Annual administration report of the Civil Veterinary Department, Ajmere-Merwara, British Rajputana - 1914-1940
Year: 1914
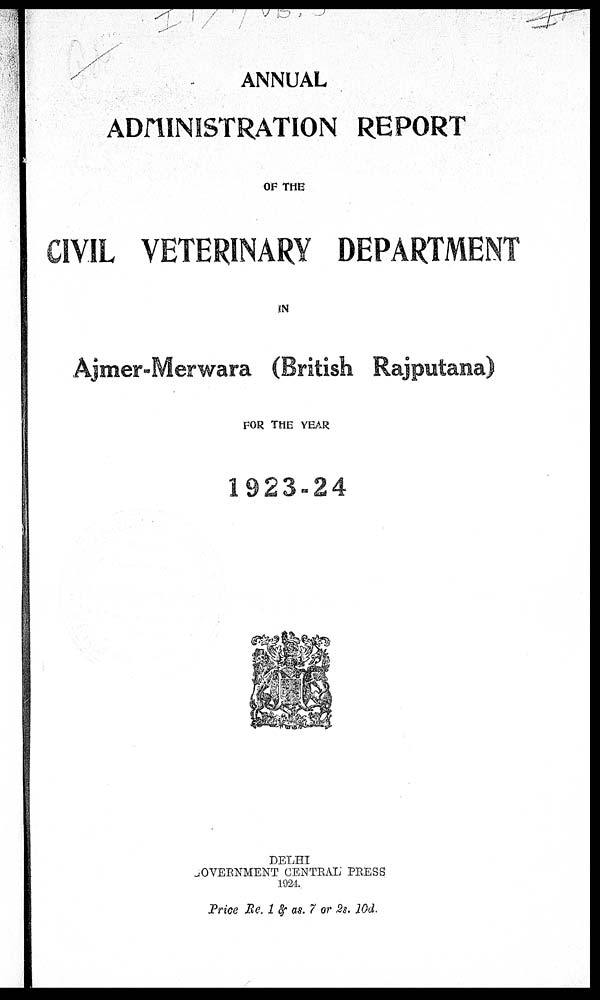
ANNUAL
ADMINISTRATION REPORT
OF THE
CIVIL VETERINARY DEPARTMENT
IN
Ajmer-Merwara (British Rajputana)
FOR THE YEAR
1923-24
DELHI
GOVERNMENT CENTRAL PRESS
1924.
Price Re. 1 & as. 7 or 2s. 10d.